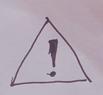
Signature authenticity: forged